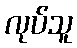
လုပ်သူ